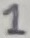
Text: 1